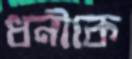
ধনীকে